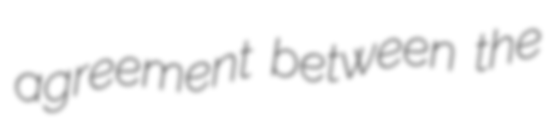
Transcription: agreement between the